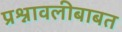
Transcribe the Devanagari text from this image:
प्रश्नावलीबाबत